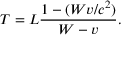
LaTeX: T = L { \frac { 1 - ( W v / c ^ { 2 } ) } { W - v } } .